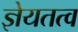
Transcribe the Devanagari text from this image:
ज्ञेयतत्व